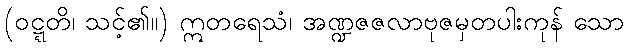
(ဝဋ္ဋတိ၊ သင့်၏။) ဣတရေသံ၊ အဏ္ဍဇဇလာဗုဇမှတပါးကုန် သော